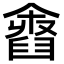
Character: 𦦓